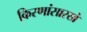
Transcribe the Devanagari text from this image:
किरणांसारखे